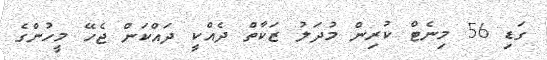
ގަޑި 56 މިނެޓް ކުރިން މުދަލު ޒަކާތް ދެއްކީ ދައްކަން ޖެހޭ މީހުންގެ